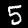
Label: 5